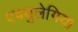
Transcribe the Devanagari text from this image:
एक्युलेगिया